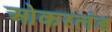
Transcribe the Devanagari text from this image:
ओकरलंड